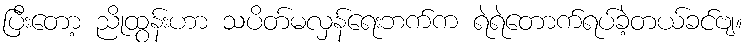
ပြီးတော့ ညိုထွန်းဟာ သပိတ်မလှန်ရေးဘက်က ရဲရဲတောက်ရပ်ခဲ့တယ်ခင်ဗျ။